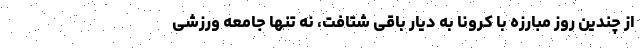
از چندین روز مبارزه با کرونا به دیار باقی شتافت، نه تنها جامعه ورزشی